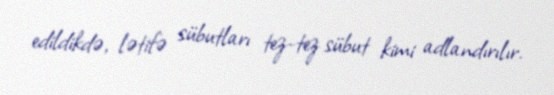
edildikdə, lətifə sübutları tez-tez sübut kimi adlandırılır.